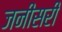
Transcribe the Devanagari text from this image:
जनीसरी